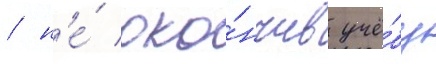
/ н'е́ око́нчив учё́бу